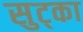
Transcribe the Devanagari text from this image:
सुट्का